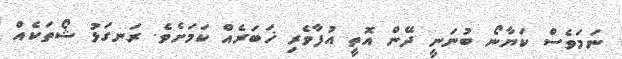
ނަމަވެސް ކަޔާނޯ ބުނަނީ ދޭން އޮތީ އުފާވެރި ޚަބަރެއް ކަމަށެވެ. ރަނގަޅު ޝޯތަކެއް